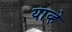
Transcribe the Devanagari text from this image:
याव्‍हे